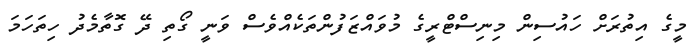
މީގެ އިތުރަށް ހައުސިން މިނިސްޓްރީގެ މުވައްޒަފުންތަކެއްވެސް ވަނީ ގޯތި ދޭ ގޮތާމެދު ހިތަހަމަ